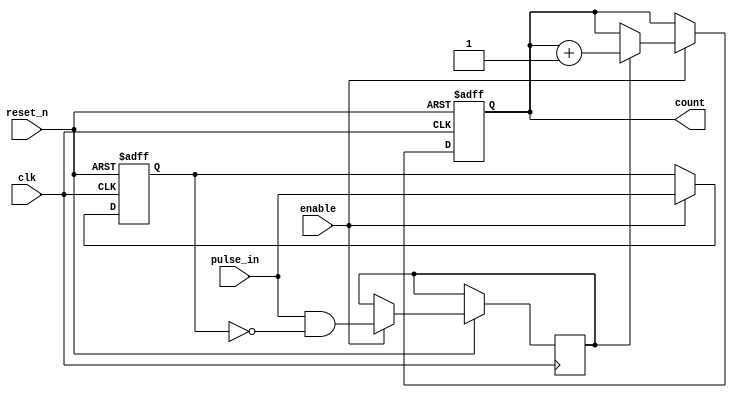
module pulse_counter (
    input wire clk,        // Clock input
    input wire reset_n,    // Asynchronous active-low reset
    input wire enable,     // Enable signal for counting
    input wire pulse_in,   // Input pulse signal
    output reg [N-1:0] count // Output count
);

// Parameter to define the width of the counter
parameter N = 8; // Adjust N as needed for your application

// Internal signal for pulse detection
reg pulse_detected;
reg pulse_prev;

always @(posedge clk or negedge reset_n) begin
    if (!reset_n) begin
        count <= 0; // Reset count to 0
        pulse_prev <= 0; // Initial pulse previous state
    end else if (enable) begin
        // Edge detection logic
        pulse_detected <= pulse_in && !pulse_prev; // Detect rising edge
        pulse_prev <= pulse_in; // Store the current state

        if (pulse_detected) begin
            count <= count + 1; // Increment count on pulse detection
        end
    end
end

endmodule